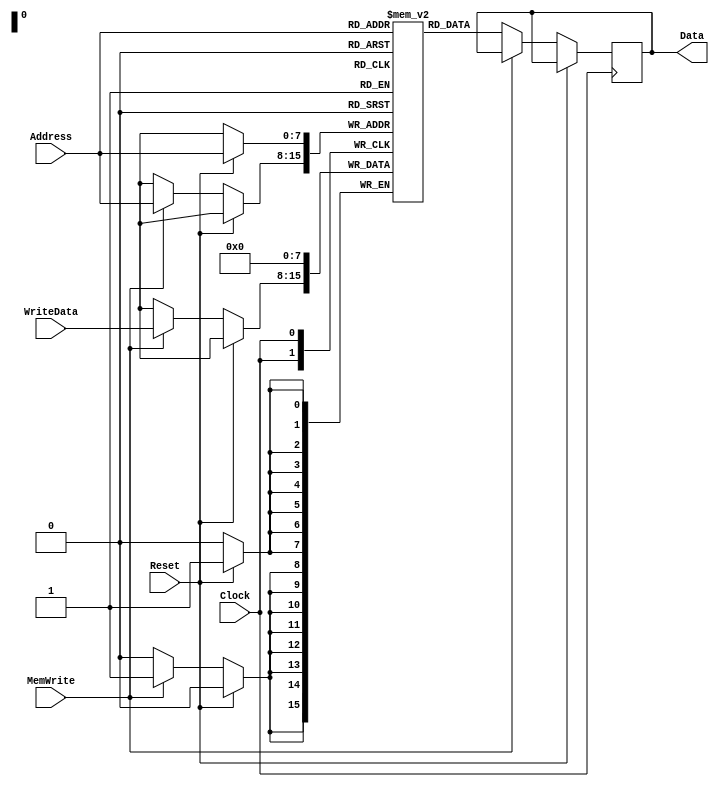
module data_memory(Clock, Address, WriteData, Data, MemWrite, Reset);
    input Clock, MemWrite, Reset;
    input [7:0]Address;
    input [7:0]WriteData; // Endereo Escrever dado

    output reg[7:0]Data; // Dado lido

    reg [7:0]Memory[0:255]; 

    integer i;

    always @(posedge Clock) begin
            if (Reset) begin
                Memory[Address] <= 0;
            end
            else if(MemWrite)//Escreve na memria
                Memory[Address] <= WriteData;
            else 
                Data <= Memory[Address];
    end

endmodule